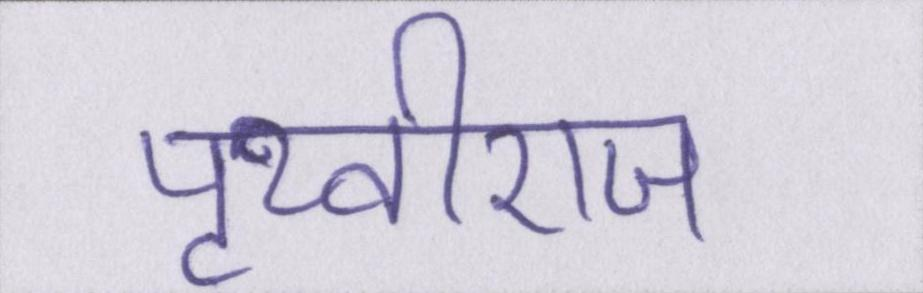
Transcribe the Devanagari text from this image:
पृथ्वीराज